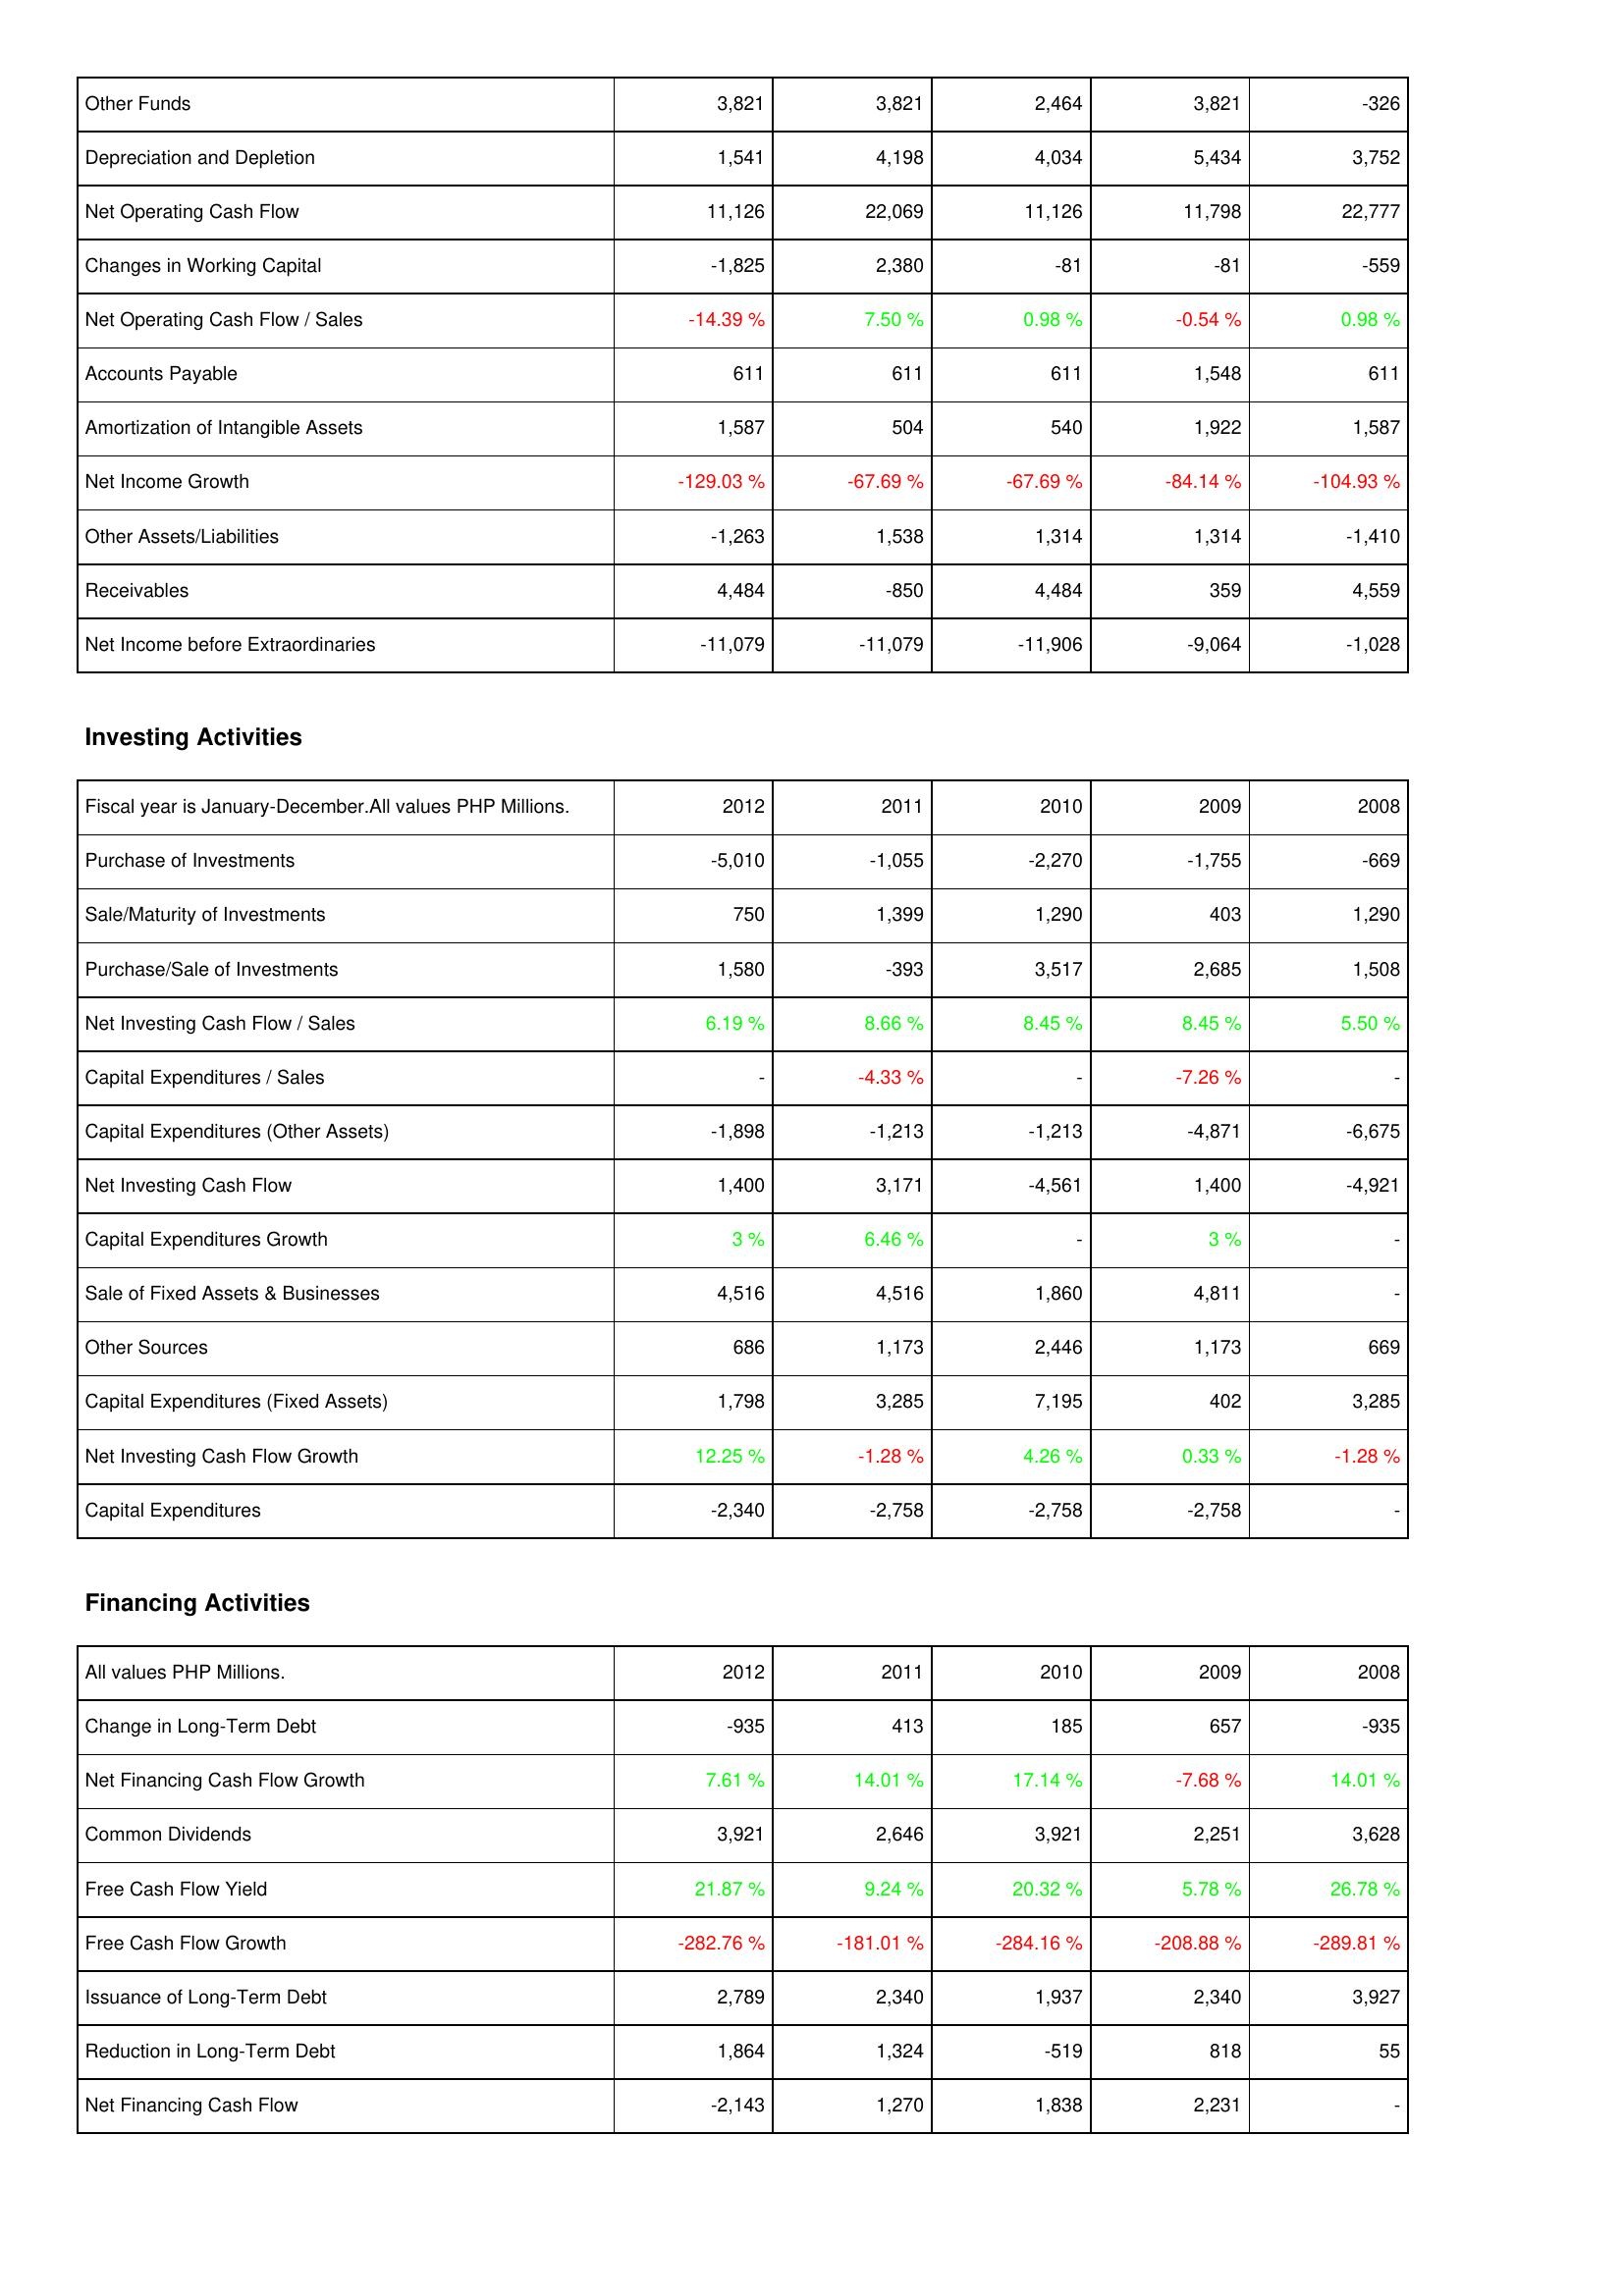
2012: Operating Activities: Other Funds: 3,821
Depreciation and Depletion: 1,541
Net Operating Cash Flow: 11,126
Changes in Working Capital: -1,825
Net Operating Cash Flow / Sales: -14.39 %
Accounts Payable: 611
Amortization of Intangible Assets: 1,587
Net Income Growth: -129.03 %
Other Assets/Liabilities: -1,263
Receivables: 4,484
Net Income before Extraordinaries: -11,079
Investing Activities: Purchase of Investments: -5,010
Sale/Maturity of Investments: 750
Purchase/Sale of Investments: 1,580
Net Investing Cash Flow / Sales: 6.19 %
Capital Expenditures / Sales: -
Capital Expenditures (Other Assets): -1,898
Net Investing Cash Flow: 1,400
Capital Expenditures Growth: 3 %
Sale of Fixed Assets & Businesses: 4,516
Other Sources: 686
Capital Expenditures (Fixed Assets): 1,798
Net Investing Cash Flow Growth: 12.25 %
Capital Expenditures: -2,340
Financing Activities: Change in Long-Term Debt: -935
Net Financing Cash Flow Growth: 7.61 %
Common Dividends: 3,921
Free Cash Flow Yield: 21.87 %
Free Cash Flow Growth: -282.76 %
Issuance of Long-Term Debt: 2,789
Reduction in Long-Term Debt: 1,864
Net Financing Cash Flow: -2,143
2011: Operating Activities: Other Funds: 3,821
Depreciation and Depletion: 4,198
Net Operating Cash Flow: 22,069
Changes in Working Capital: 2,380
Net Operating Cash Flow / Sales: 7.50 %
Accounts Payable: 611
Amortization of Intangible Assets: 504
Net Income Growth: -67.69 %
Other Assets/Liabilities: 1,538
Receivables: -850
Net Income before Extraordinaries: -11,079
Investing Activities: Purchase of Investments: -1,055
Sale/Maturity of Investments: 1,399
Purchase/Sale of Investments: -393
Net Investing Cash Flow / Sales: 8.66 %
Capital Expenditures / Sales: -4.33 %
Capital Expenditures (Other Assets): -1,213
Net Investing Cash Flow: 3,171
Capital Expenditures Growth: 6.46 %
Sale of Fixed Assets & Businesses: 4,516
Other Sources: 1,173
Capital Expenditures (Fixed Assets): 3,285
Net Investing Cash Flow Growth: -1.28 %
Capital Expenditures: -2,758
Financing Activities: Change in Long-Term Debt: 413
Net Financing Cash Flow Growth: 14.01 %
Common Dividends: 2,646
Free Cash Flow Yield: 9.24 %
Free Cash Flow Growth: -181.01 %
Issuance of Long-Term Debt: 2,340
Reduction in Long-Term Debt: 1,324
Net Financing Cash Flow: 1,270
2010: Operating Activities: Other Funds: 2,464
Depreciation and Depletion: 4,034
Net Operating Cash Flow: 11,126
Changes in Working Capital: -81
Net Operating Cash Flow / Sales: 0.98 %
Accounts Payable: 611
Amortization of Intangible Assets: 540
Net Income Growth: -67.69 %
Other Assets/Liabilities: 1,314
Receivables: 4,484
Net Income before Extraordinaries: -11,906
Investing Activities: Purchase of Investments: -2,270
Sale/Maturity of Investments: 1,290
Purchase/Sale of Investments: 3,517
Net Investing Cash Flow / Sales: 8.45 %
Capital Expenditures / Sales: -
Capital Expenditures (Other Assets): -1,213
Net Investing Cash Flow: -4,561
Capital Expenditures Growth: -
Sale of Fixed Assets & Businesses: 1,860
Other Sources: 2,446
Capital Expenditures (Fixed Assets): 7,195
Net Investing Cash Flow Growth: 4.26 %
Capital Expenditures: -2,758
Financing Activities: Change in Long-Term Debt: 185
Net Financing Cash Flow Growth: 17.14 %
Common Dividends: 3,921
Free Cash Flow Yield: 20.32 %
Free Cash Flow Growth: -284.16 %
Issuance of Long-Term Debt: 1,937
Reduction in Long-Term Debt: -519
Net Financing Cash Flow: 1,838
2009: Operating Activities: Other Funds: 3,821
Depreciation and Depletion: 5,434
Net Operating Cash Flow: 11,798
Changes in Working Capital: -81
Net Operating Cash Flow / Sales: -0.54 %
Accounts Payable: 1,548
Amortization of Intangible Assets: 1,922
Net Income Growth: -84.14 %
Other Assets/Liabilities: 1,314
Receivables: 359
Net Income before Extraordinaries: -9,064
Investing Activities: Purchase of Investments: -1,755
Sale/Maturity of Investments: 403
Purchase/Sale of Investments: 2,685
Net Investing Cash Flow / Sales: 8.45 %
Capital Expenditures / Sales: -7.26 %
Capital Expenditures (Other Assets): -4,871
Net Investing Cash Flow: 1,400
Capital Expenditures Growth: 3 %
Sale of Fixed Assets & Businesses: 4,811
Other Sources: 1,173
Capital Expenditures (Fixed Assets): 402
Net Investing Cash Flow Growth: 0.33 %
Capital Expenditures: -2,758
Financing Activities: Change in Long-Term Debt: 657
Net Financing Cash Flow Growth: -7.68 %
Common Dividends: 2,251
Free Cash Flow Yield: 5.78 %
Free Cash Flow Growth: -208.88 %
Issuance of Long-Term Debt: 2,340
Reduction in Long-Term Debt: 818
Net Financing Cash Flow: 2,231
2008: Operating Activities: Other Funds: -326
Depreciation and Depletion: 3,752
Net Operating Cash Flow: 22,777
Changes in Working Capital: -559
Net Operating Cash Flow / Sales: 0.98 %
Accounts Payable: 611
Amortization of Intangible Assets: 1,587
Net Income Growth: -104.93 %
Other Assets/Liabilities: -1,410
Receivables: 4,559
Net Income before Extraordinaries: -1,028
Investing Activities: Purchase of Investments: -669
Sale/Maturity of Investments: 1,290
Purchase/Sale of Investments: 1,508
Net Investing Cash Flow / Sales: 5.50 %
Capital Expenditures / Sales: -
Capital Expenditures (Other Assets): -6,675
Net Investing Cash Flow: -4,921
Capital Expenditures Growth: -
Sale of Fixed Assets & Businesses: -
Other Sources: 669
Capital Expenditures (Fixed Assets): 3,285
Net Investing Cash Flow Growth: -1.28 %
Capital Expenditures: -
Financing Activities: Change in Long-Term Debt: -935
Net Financing Cash Flow Growth: 14.01 %
Common Dividends: 3,628
Free Cash Flow Yield: 26.78 %
Free Cash Flow Growth: -289.81 %
Issuance of Long-Term Debt: 3,927
Reduction in Long-Term Debt: 55
Net Financing Cash Flow: -